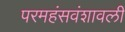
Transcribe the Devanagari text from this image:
परमहंसवंशावली